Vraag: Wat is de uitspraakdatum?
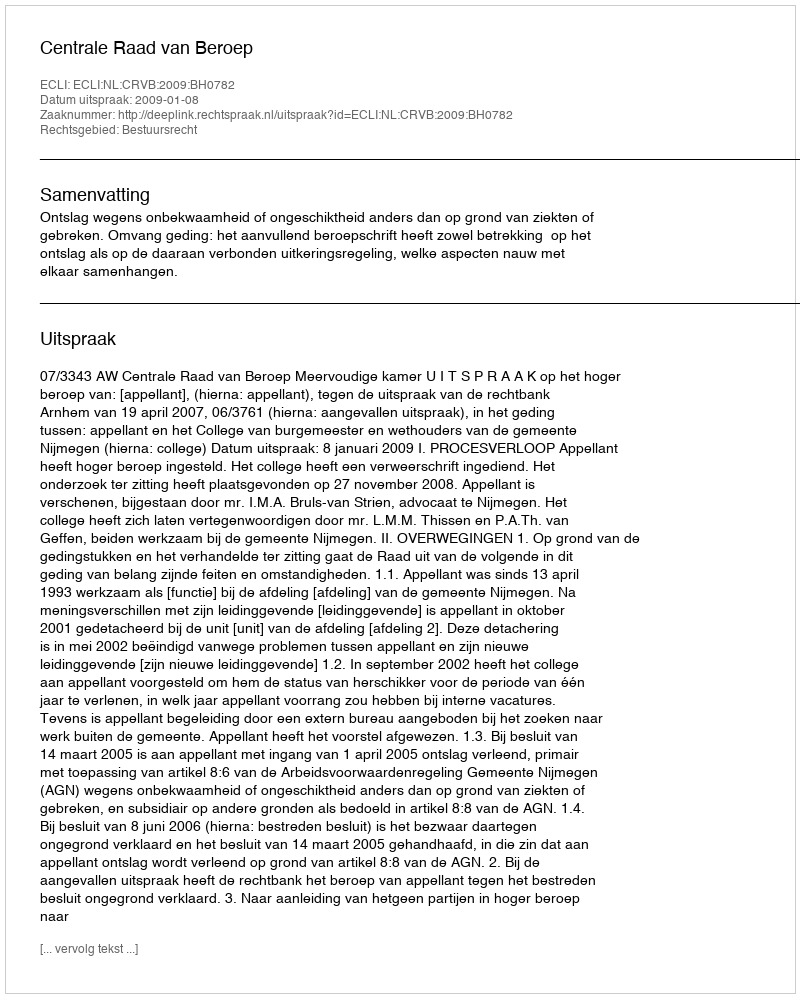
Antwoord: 2009-01-08